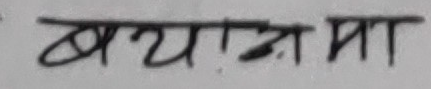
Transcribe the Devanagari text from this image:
बयानमा